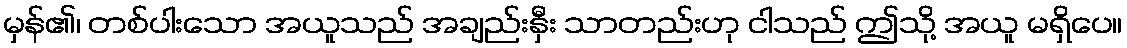
မှန်၏၊ တစ်ပါးသော အယူသည် အချည်းနှီး သာတည်းဟု ငါသည် ဤသို့ အယူ မရှိပေ။